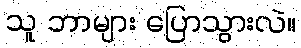
သူ ဘာများ ပြောသွားလဲ။